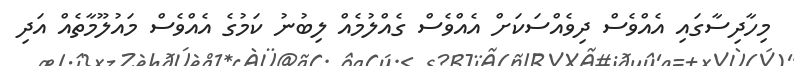
މިހާދިސާގައި އެއްވެސް ދިވެއްސަކަށް އެއްވެސް ގެއްލުމެއް ލިބުނު ކަމުގެ އެއްވެސް މައުލޫމާތެއް އަދި